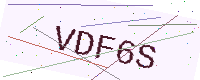
Text: VDF6S